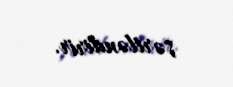
şərtləndirir.